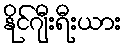
နိုင်ဂျီးရီးယား